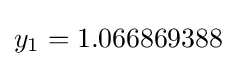
y_{1}=1.066869388